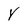
Character: Y